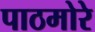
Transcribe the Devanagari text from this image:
पाठमोरे